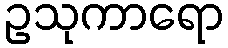
ဥသုကာရော